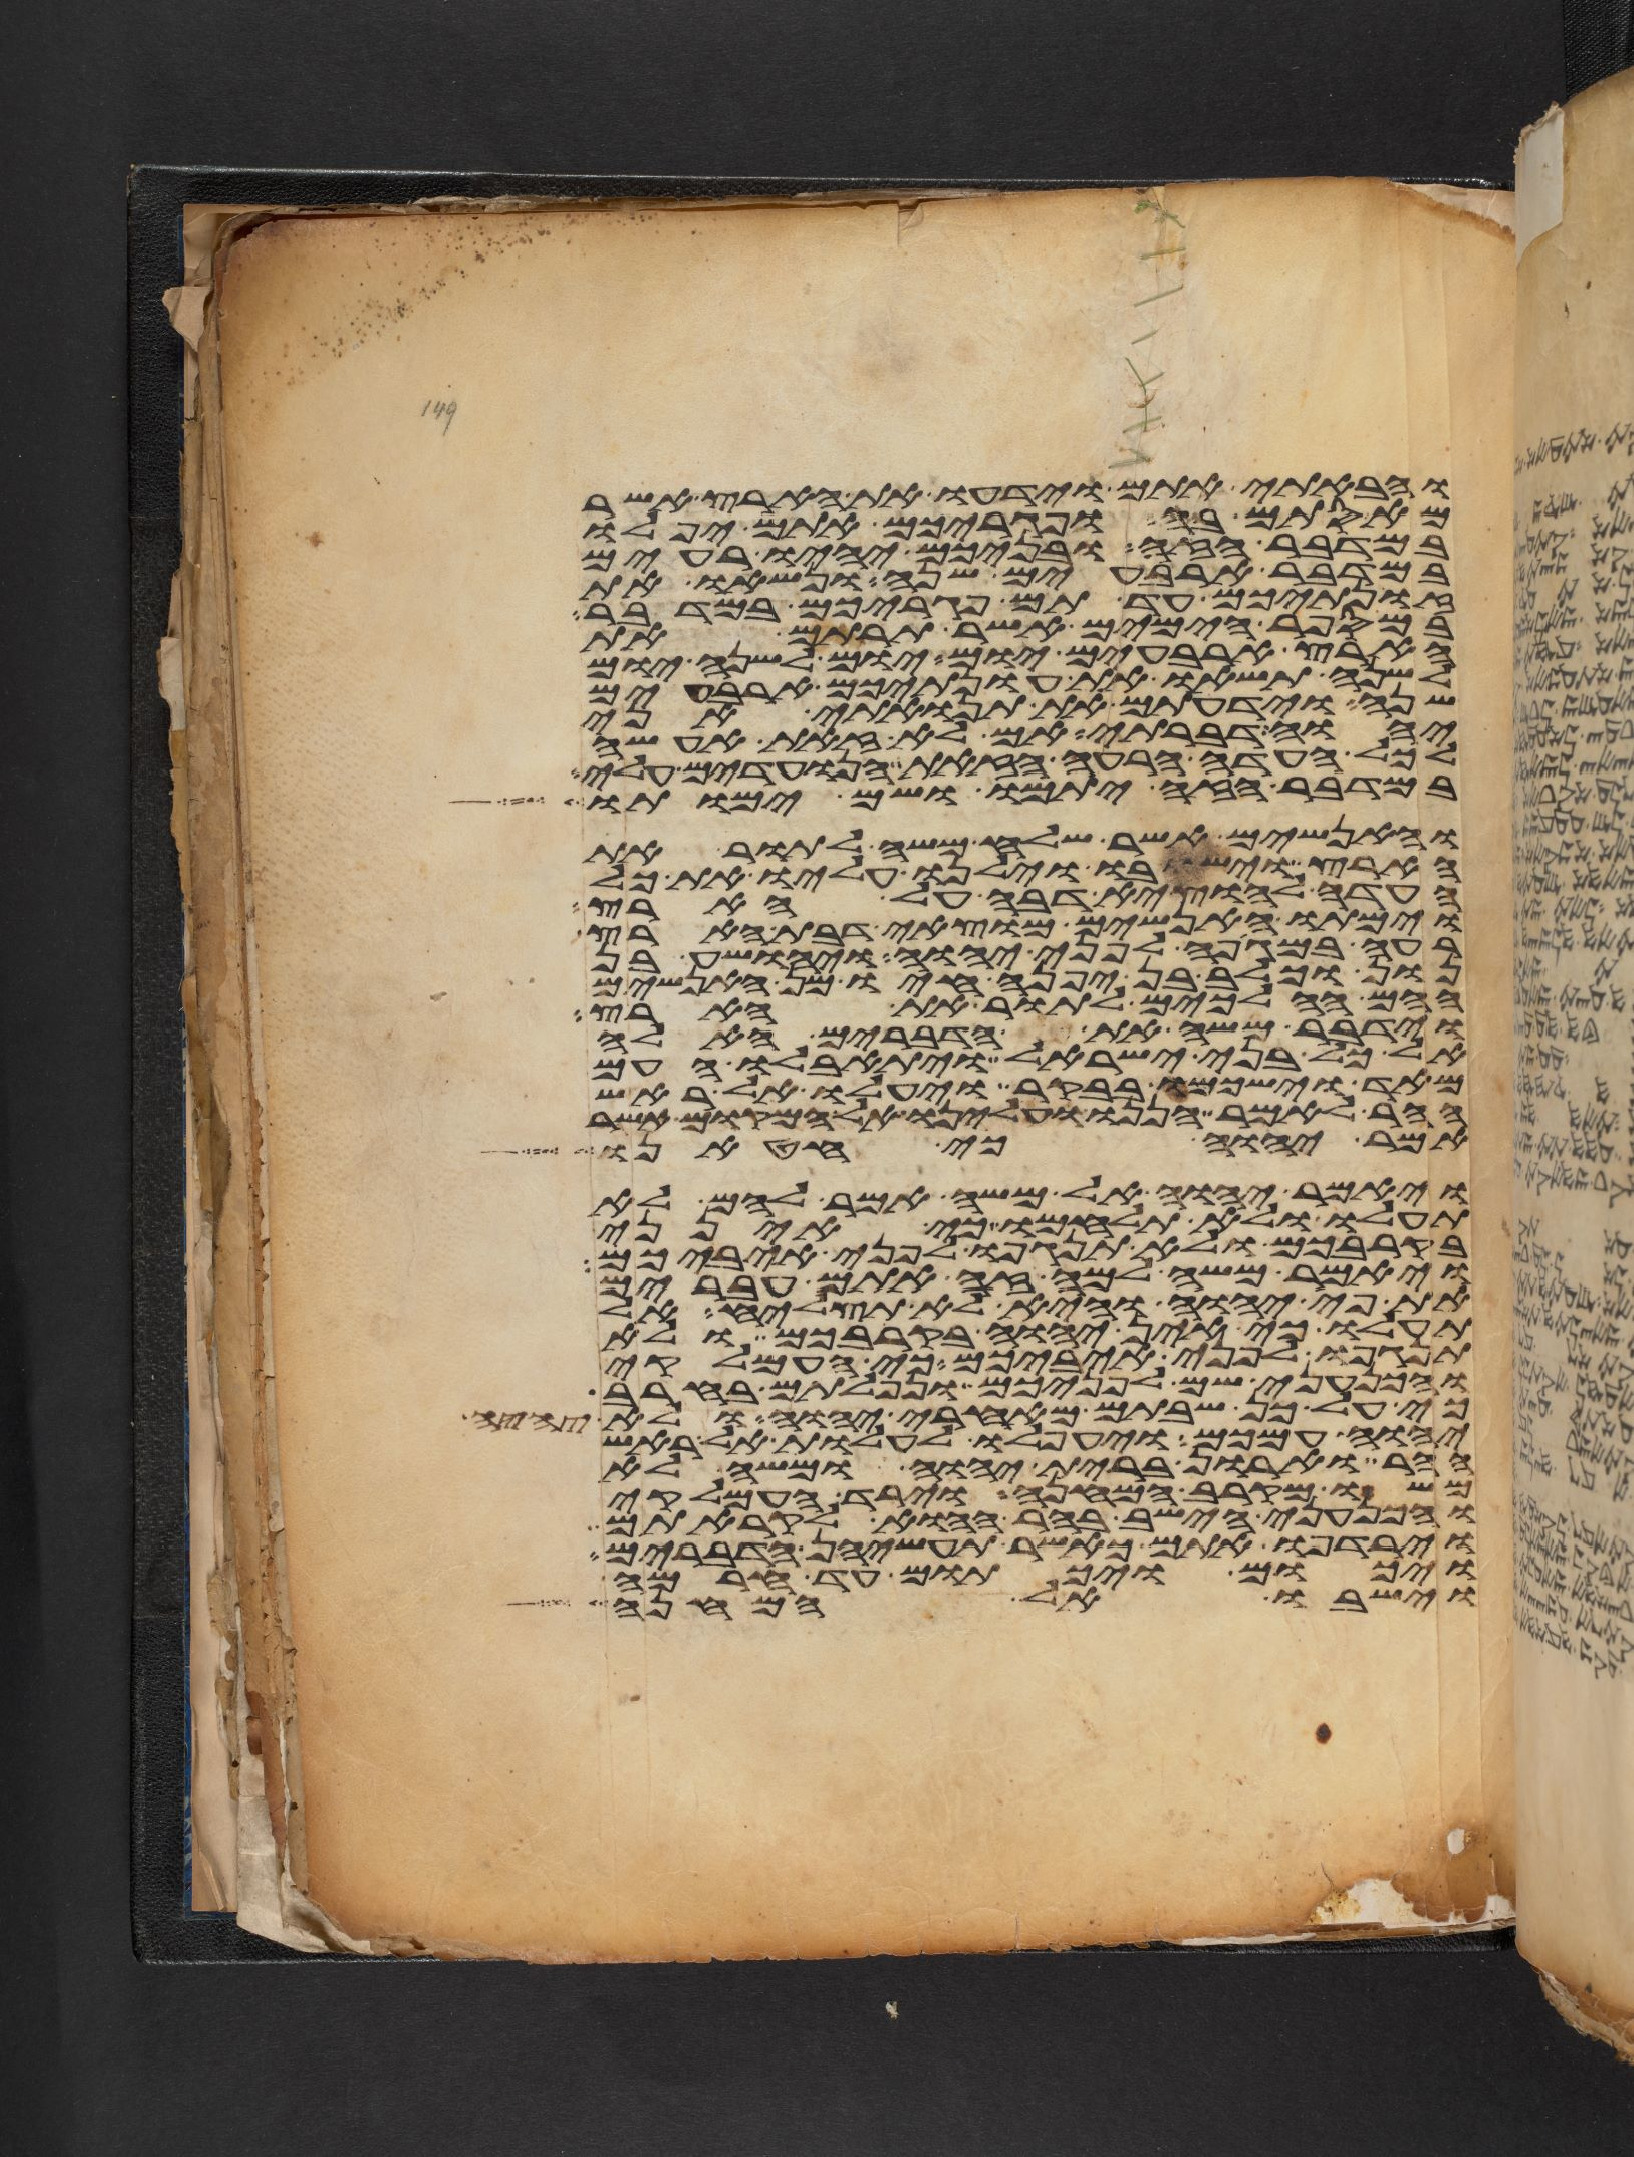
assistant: והבאתי אתם וידעו את הארץ אשר
מאסתם בה ופגריכם אתם יפלו
במדבר הזה ובניכם יהיו רעים
במדבר ארבעים שנה ונשאו את
זונתיכם עד תם פגריכם במדבר
במספר הימים אשר תרתם את
הארץ ארבעים יום יום לשנה יום
לשנה תשאו את עונתיכם ארבעים
שנה וידעתם את תנואתי אני
יהוה דברתי אם לא זאת אעשה
לכל העדה הרעה הזאת הנועדים עלי
במדבר הזה יתמו ושם ימותו
והאנשים אשר שלח משה לתור את
הארץ וישבו וילנו עליו את כל
העדה להוציא דבה על הארץ
וימתו האנשים מוצאי דבת הארץ
רעה במגפה לפני יהוה ויהושע בן
נון וכלב בן יפנה חיו מן האנשים
ההם ההלכים לתור את הארץ
וידבר משה את הדברים האלה
אל כל בני ישראל ויתאבלו העם
מאד וישכמו בבקר ויעלו אל ראש
ההר לאמר הננו ועלינו אל המקום אשר
אמר יהוה כי חטאנו
ויאמר יהוה אל משה אמר להם לא
תעלו ולא תלחמו כי אינני
בקרבכם ולא תנגפו לפני איביכם
ויאמר משה למה זה אתם עברים
את פי יהוה והיא לא תצליח אל
תעלו כי אין יהוה בקרבכם ולא
תנגפו לפני איביכם כי העמלקי
והכנעני שם לפניכם ונפלתם בחרב
כי על כן שבתם מאחרי יהוה ולא
יהוה עמכם ויעפלו לעלות אל ראש
ההר וארון ברית יהוה ומשה לא
משו מקרב המחנה וירד העמלקי
והכנעני הישב בהר ההוא לקראתם
וירדפו אתם כאשר תעשינה הדברים
ויכום ויכתום עד חרמה
וישבו אל המחנה